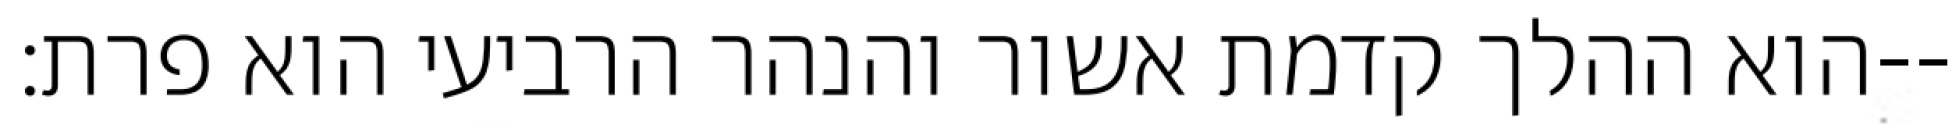
הוא ההלך קדמת אשור והנהר הרביעי הוא פרת׃--